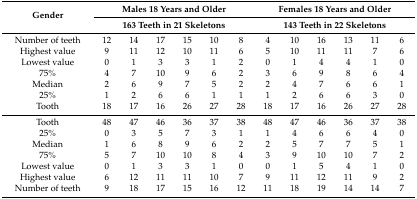
<table><thead><tr><td rowspan="2"><b>Gender</b></td><td colspan="6"><b>Males 18 Years and Older</b></td><td colspan="6"><b>Females 18 Years and Older</b></td></tr><tr><td colspan="6"><b>163 Teeth in 21 Skeletons</b></td><td colspan="6"><b>143 Teeth in 22 Skeletons</b></td></tr></thead><tbody><tr><td>Number of teeth</td><td>12</td><td>14</td><td>17</td><td>15</td><td>10</td><td>8</td><td>4</td><td>10</td><td>16</td><td>13</td><td>11</td><td>6</td></tr><tr><td>Highest value</td><td>9</td><td>11</td><td>12</td><td>10</td><td>11</td><td>6</td><td>5</td><td>10</td><td>11</td><td>11</td><td>7</td><td>6</td></tr><tr><td>Lowest value</td><td>0</td><td>1</td><td>3</td><td>3</td><td>1</td><td>2</td><td>0</td><td>1</td><td>4</td><td>4</td><td>1</td><td>0</td></tr><tr><td>75%</td><td>4</td><td>7</td><td>10</td><td>9</td><td>6</td><td>2</td><td>3</td><td>6</td><td>9</td><td>8</td><td>6</td><td>4</td></tr><tr><td>Median</td><td>2</td><td>6</td><td>9</td><td>7</td><td>5</td><td>2</td><td>2</td><td>4</td><td>7</td><td>6</td><td>6</td><td>1</td></tr><tr><td>25%</td><td>1</td><td>2</td><td>6</td><td>6</td><td>1</td><td>1</td><td>1</td><td>2</td><td>6</td><td>6</td><td>3</td><td>0</td></tr><tr><td>Tooth</td><td>18</td><td>17</td><td>16</td><td>26</td><td>27</td><td>28</td><td>18</td><td>17</td><td>16</td><td>26</td><td>27</td><td>28</td></tr><tr><td>Tooth</td><td>48</td><td>47</td><td>46</td><td>36</td><td>37</td><td>38</td><td>48</td><td>47</td><td>46</td><td>36</td><td>37</td><td>38</td></tr><tr><td>25%</td><td>0</td><td>3</td><td>5</td><td>7</td><td>3</td><td>1</td><td>1</td><td>4</td><td>6</td><td>6</td><td>4</td><td>0</td></tr><tr><td>Median</td><td>1</td><td>6</td><td>8</td><td>9</td><td>6</td><td>2</td><td>2</td><td>5</td><td>7</td><td>7</td><td>5</td><td>1</td></tr><tr><td>75%</td><td>5</td><td>7</td><td>10</td><td>10</td><td>8</td><td>4</td><td>3</td><td>9</td><td>10</td><td>10</td><td>7</td><td>2</td></tr><tr><td>Lowest value</td><td>0</td><td>1</td><td>3</td><td>3</td><td>1</td><td>0</td><td>0</td><td>1</td><td>5</td><td>4</td><td>1</td><td>0</td></tr><tr><td>Highest value</td><td>6</td><td>12</td><td>11</td><td>11</td><td>10</td><td>7</td><td>9</td><td>11</td><td>12</td><td>11</td><td>9</td><td>2</td></tr><tr><td>Number of teeth</td><td>9</td><td>18</td><td>17</td><td>15</td><td>16</td><td>12</td><td>11</td><td>18</td><td>19</td><td>14</td><td>14</td><td>7</td></tr></tbody></table>